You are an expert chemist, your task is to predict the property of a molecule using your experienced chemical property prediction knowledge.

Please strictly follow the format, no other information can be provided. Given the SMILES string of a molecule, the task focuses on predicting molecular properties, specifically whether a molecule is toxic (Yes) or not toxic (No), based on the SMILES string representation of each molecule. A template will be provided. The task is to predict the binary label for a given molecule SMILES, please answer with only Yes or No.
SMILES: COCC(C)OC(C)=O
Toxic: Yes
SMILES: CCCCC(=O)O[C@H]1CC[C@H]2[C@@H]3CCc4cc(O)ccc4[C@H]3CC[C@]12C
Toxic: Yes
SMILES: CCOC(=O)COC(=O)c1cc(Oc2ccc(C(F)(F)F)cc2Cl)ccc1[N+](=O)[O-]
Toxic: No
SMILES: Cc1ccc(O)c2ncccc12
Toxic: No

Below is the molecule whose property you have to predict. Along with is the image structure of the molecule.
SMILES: CCCSP(=S)(OCC)Oc1ccc(Cl)cc1Cl
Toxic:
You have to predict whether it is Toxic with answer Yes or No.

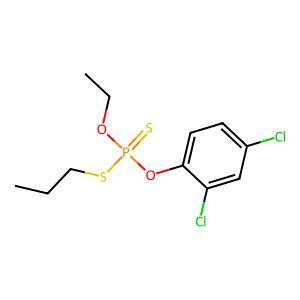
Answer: No